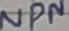
Text: NPN